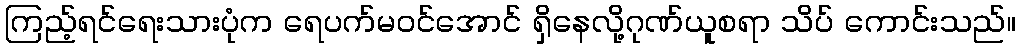
ကြည့်ရင်ရေးသားပုံက ရေပက်မဝင်အောင် ရှိနေလို့ဂုဏ်ယူစရာ သိပ် ကောင်းသည်။